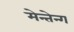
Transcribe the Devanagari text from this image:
मेन्तेन्ग